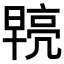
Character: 𭧓